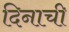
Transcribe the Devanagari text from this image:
दिनाची